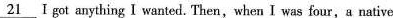
I\underline{21} I got anything I wanted. Then,when I was four,a native